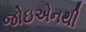
જોઇએનથી